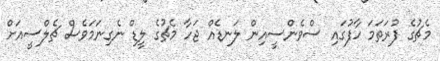
މެޗުގެ ފުރަތަމަ ހާފުގައި ސްވެންސީއިން ލަނޑެއް ޖަހާ މެޗުގެ ލީޑް ނެގިނަމަވެސް ޗެލްސީއަށް